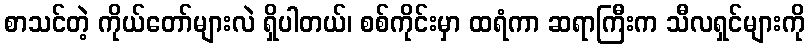
စာသင်တဲ့ ကိုယ်တော်များလဲ ရှိပါတယ်၊ စစ်ကိုင်းမှာ ထရံကာ ဆရာကြီးက သီလရှင်များကို